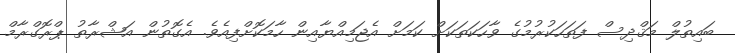
ބައިތުލް މަޤްދިިިިިިިިިިިިިިިިިިިިިިިސް ފަތަހަކުރުމުގެ ވާހަކަތަކަށް ކަމަށް އެޖަމިއްޔާއިން ހާމަކޮށްފިއެވެ. އެގޮތުން އަޝްރާތު ޕްރޮގްރާމް